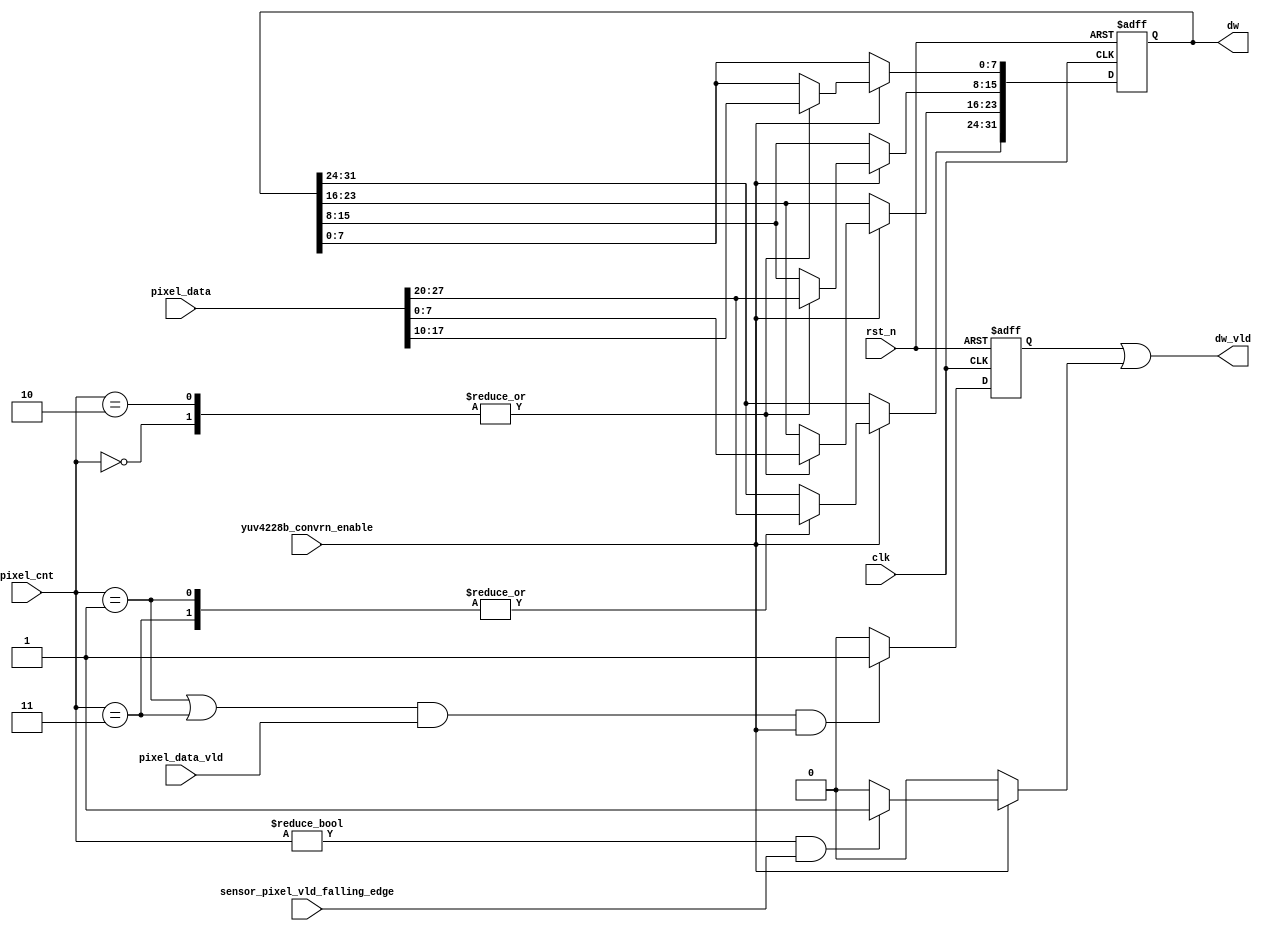
module csi2tx_yuv4228b_p2b 
 (
 input  wire         clk,
 input  wire         rst_n,
 input  wire [1:0]   pixel_cnt,
 input  wire [31:0]  pixel_data,
 input  wire         pixel_data_vld,
 input  wire         sensor_pixel_vld_falling_edge,
 input  wire         yuv4228b_convrn_enable,
 output wire [31:0]  dw,
 output wire         dw_vld
 );
 
 /*---------------------------------------------------------------------------*/
 // Internal Signal declaration
 /*---------------------------------------------------------------------------*/
 reg  [31:0] dw_reg;
 reg         dw_odd_vld_s;
 wire        min_rxed_pkt_vld;
 
 /*---------------------------------------------------------------------------*/
 // Output valid generation, when the received packet is of 24bits i.e. 3 bytes
 
 assign min_rxed_pkt_vld = ( yuv4228b_convrn_enable  ? 
                           (( ( pixel_cnt != 0 ) && sensor_pixel_vld_falling_edge ) ? 1'b1 : 1'b0 ) 
                           : 1'b0 ); 
                           
 /*---------------------------------------------------------------------------*/
 // Logic to convert the pixel to dw
 // This is been registerd as this interface is expected to work at around 400Mhz
 always@(posedge clk or negedge rst_n)
 begin
  if ( rst_n == 1'b0 )
   dw_reg <= 32'b0;
  else if ( yuv4228b_convrn_enable  == 1'b1)
   case(pixel_cnt)
    2'b00 : begin
     dw_reg[7:0] <= pixel_data[17:10]; // u1
     dw_reg[15:8] <= pixel_data[27:20]; // y1
     dw_reg[23:16] <= pixel_data[7:0]; // v1
    end
    2'b01 : begin
     dw_reg[31:24] <= pixel_data[27:20]; // y2
    end
    2'b10 : begin
     dw_reg[7:0] <= pixel_data[17:10]; // u3
     dw_reg[15:8] <= pixel_data[27:20]; // y3
     dw_reg[23:16] <= pixel_data[7:0]; // v3
    end
    2'b11 : begin
     dw_reg[31:24] <= pixel_data[27:20]; // y4
    end
    default : dw_reg <= 32'b0;
   endcase
 end          
 
 assign dw = dw_reg;
 
 // As the data valid is registered version(odd pixels), 
 always@(posedge clk or negedge rst_n)
 begin
  if (rst_n == 1'b0)
   dw_odd_vld_s <= 1'b0;
  else if ( ( (pixel_cnt == 2'b01) || (pixel_cnt == 2'b11) ) && pixel_data_vld && yuv4228b_convrn_enable)
   dw_odd_vld_s <= 1'b1;
  else
   dw_odd_vld_s <= 1'b0;
 end
 
 assign dw_vld = ( dw_odd_vld_s  | min_rxed_pkt_vld );    
endmodule